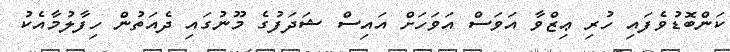
ކަންބޮޑުވެފައި ހުރި ޢިޒްވާ އަވަސް އަވަހަށް އައިސް ޝަދަފުގެ މޫނުގައި ދެއަތުން ހިފާލުމާއެކު